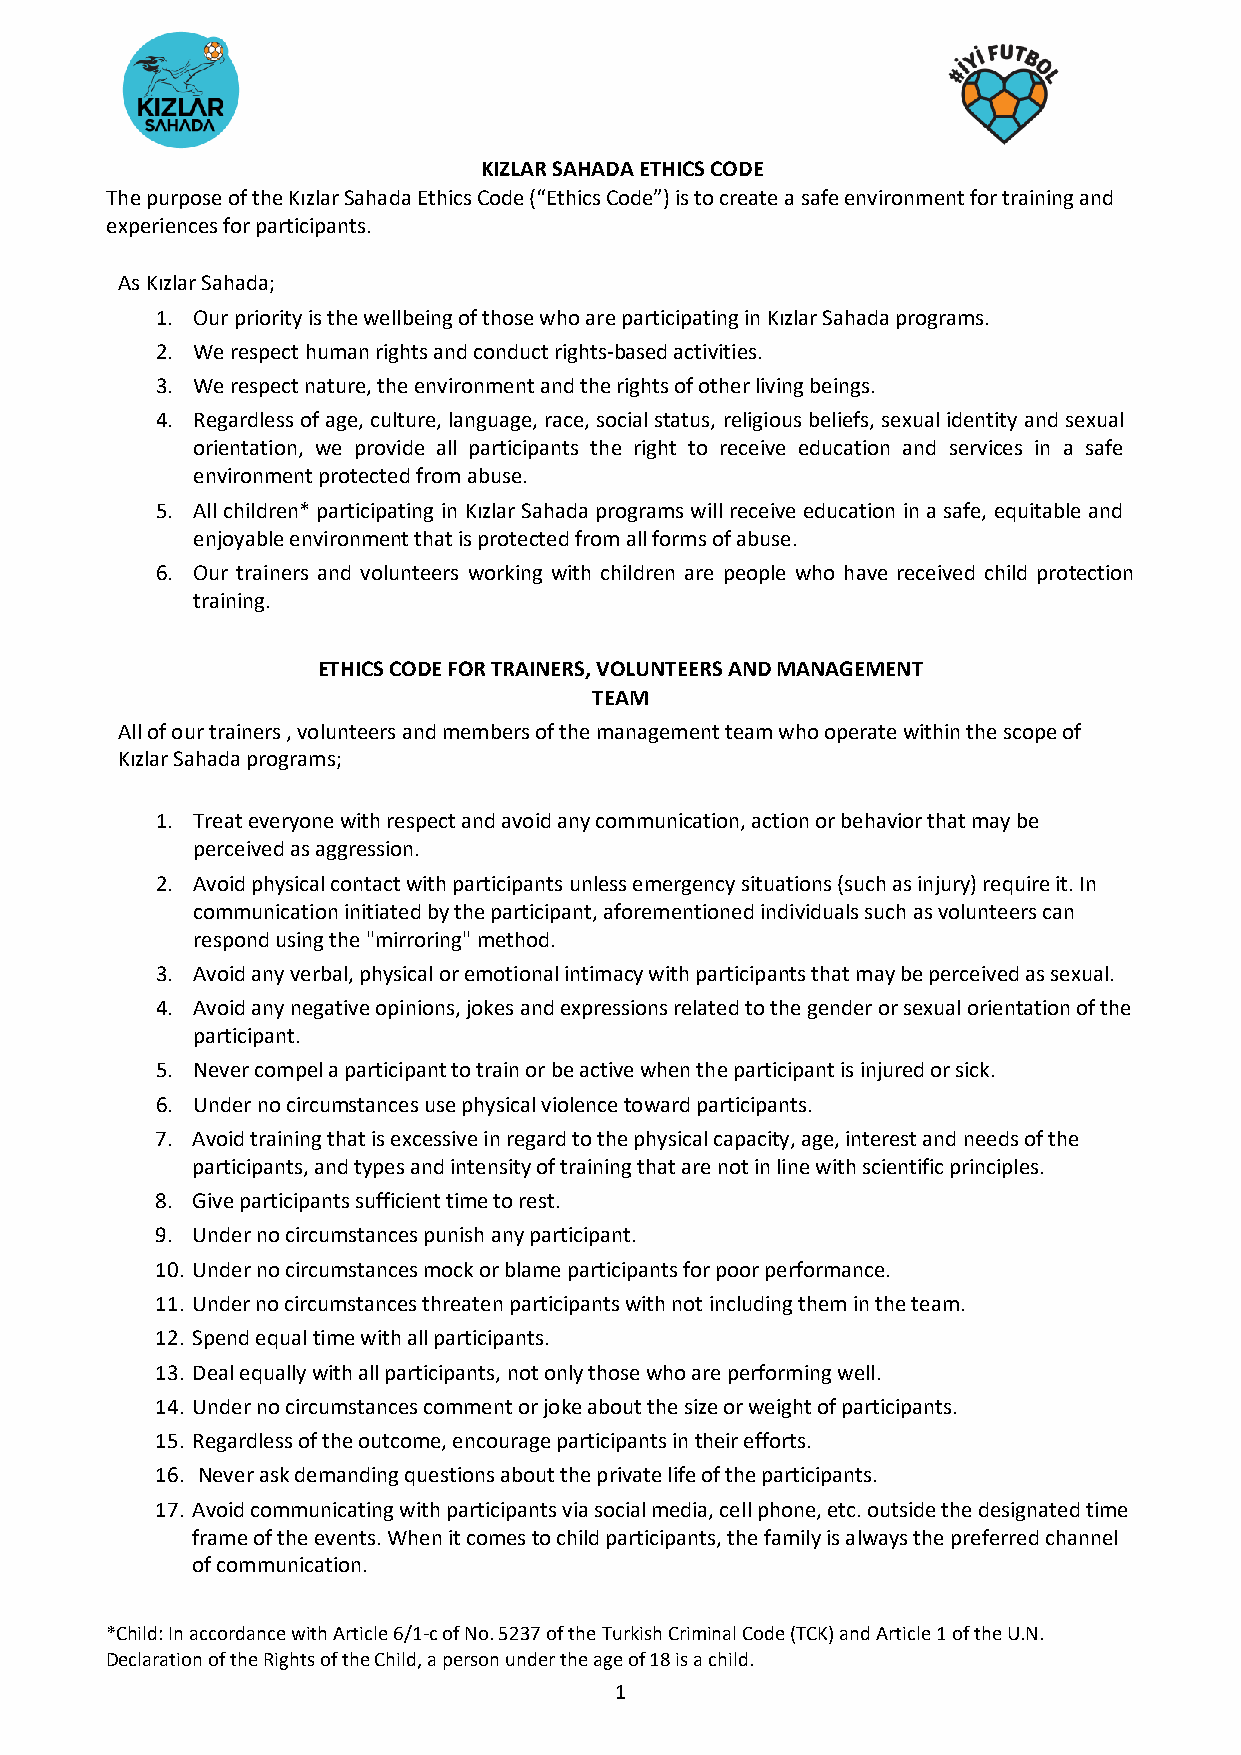
KIZLAR SAHADA ETHICS CODE
 The purpose of the Kızlar Sahada Ethics Code (“Ethics Code”) is to create a safe environment for training and
 experiences for participants.
 As Kızlar Sahada;
 1. Our priority is the wellbeing of those who are participating in Kızlar Sahada programs.
 2. We respect human rights and conduct rights-based activities.
 3. We respect nature, the environment and the rights of other living beings.
 4. Regardless of age, culture, language, race, social status, religious beliefs, sexual identity and sexual
 orientation, we provide all participants the right to receive education and services in a safe
 environment protected from abuse.
 5. All children* participating in Kızlar Sahada programs will receive education in a safe, equitable and
 enjoyable environment that is protected from all forms of abuse.
 6. Our trainers and volunteers working with children are people who have received child protection
 training.
 ETHICS CODE FOR TRAINERS, VOLUNTEERS AND MANAGEMENT
 TEAM
 All of our trainers , volunteers and members of the management team who operate within the scope of
 Kızlar Sahada programs;
 1. Treat everyone with respect and avoid any communication, action or behavior that may be
 perceived as aggression.
 2. Avoid physical contact with participants unless emergency situations (such as injury) require it. In
 communication initiated by the participant, aforementioned individuals such as volunteers can
 respond using the "mirroring" method.
 3. Avoid any verbal, physical or emotional intimacy with participants that may be perceived as sexual.
 4. Avoid any negative opinions, jokes and expressions related to the gender or sexual orientation of the
 participant.
 5. Never compel a participant to train or be active when the participant is injured or sick.
 6. Under no circumstances use physical violence toward participants.
 7. Avoid training that is excessive in regard to the physical capacity, age, interest and needs of the
 participants, and types and intensity of training that are not in line with scientific principles.
 8. Give participants sufficient time to rest.
 9. Under no circumstances punish any participant.
 10. Under no circumstances mock or blame participants for poor performance.
 11. Under no circumstances threaten participants with not including them in the team.
 12. Spend equal time with all participants.
 13. Deal equally with all participants, not only those who are performing well.
 14. Under no circumstances comment or joke about the size or weight of participants.
 15. Regardless of the outcome, encourage participants in their efforts.
 16. Never ask demanding questions about the private life of the participants.
 17. Avoid communicating with participants via social media, cell phone, etc. outside the designated time
 frame of the events. When it comes to child participants, the family is always the preferred channel
 of communication.
 *Child: In accordance with Article 6/1-c of No. 5237 of the Turkish Criminal Code (TCK) and Article 1 of the U.N.
 Declaration of the Rights of the Child, a person under the age of 18 is a child.
 1